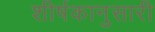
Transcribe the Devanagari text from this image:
शीर्षकानुसारी